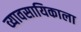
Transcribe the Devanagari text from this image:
व्यावसायिकाला